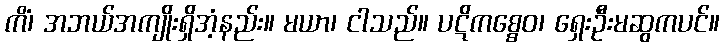
ကိံ၊ အဘယ်အကျိုးရှိအံ့နည်း။ မယာ၊ ငါသည်။ ပဋိကစ္စေဝ၊ ရှေးဦးမဆွကပင်။